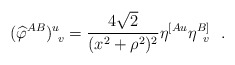
\begin{align*}({\widehat\varphi}^{AB})^u_{~v}={4\sqrt{2}\over (x^2+\rho^2)^2}\eta^{[Au}\eta^{B]}_{~\,v}~~.\end{align*}